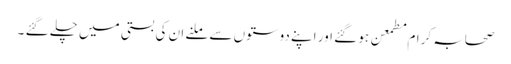
صحابہ کرام مطمعن ہو گئے اور اپنے دوستوں سے ملنے ان کی بستی میں چلے گئے ۔